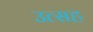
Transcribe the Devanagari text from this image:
उत्सह